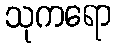
သုကရော